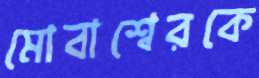
মোবাশ্বেরকে